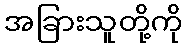
အခြားသူတို့ကို